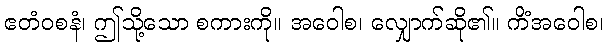
ဧတံဝစနံ၊ ဤသို့သော စကားကို။ အဝေါစ၊ လျှောက်ဆို၏။ ကိံအဝေါစ၊